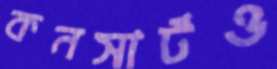
কনসার্টও